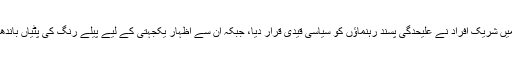
احتجاجی ریلی میں شریک افراد نے علیحدگی پسند رہنماؤں کو سیاسی قیدی قرار دیا، جبکہ ان سے اظہارِ یکجہتی کے لیے پیلے رنگ کی پٹیاں باندھ کر احتجاج کیا۔